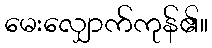
မေးလျှောက်ကုန်၏။